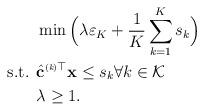
LaTeX: \begin{align*} & \min \Big( \lambda \varepsilon_K + \frac{1}{K} \sum_{k = 1}^K s_k \Big) \\\mbox{s.t. } & \hat{\mathbf{c}}^{\mbox{\tiny \upshape (\itshape k\upshape)}\top} \mathbf{x} \leq s_k \forall k \in \mathcal{K} \\& \lambda \geq 1. \end{align*}